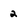
Character: 2